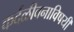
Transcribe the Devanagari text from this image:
कर्दळीवनाविषयी